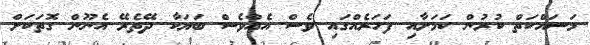
މަސައްކަތް ކުރުން ކަމަށާއި ފަހަރެއްގައި ވެސް އެއްވެސް ބަޔަކާ ދޭތެރޭ އެނޫން ގޮތަކަށް